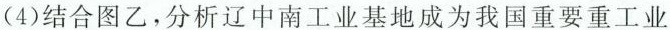
(4)结合图乙，分析辽中南工业基地成为我国重要重工业